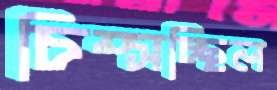
চিম্‌সচ্ছিল